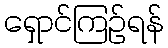
ရှောင်ကြဉ်ရန်